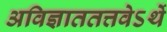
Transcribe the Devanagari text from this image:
अविज्ञाततत्तवेऽर्थे